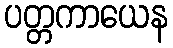
ပတ္တကာယေန